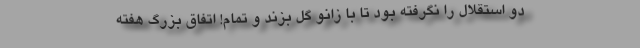
دو استقلال را نگرفته بود تا با زانو گل بزند و تمام! اتفاق بزرگ هفته